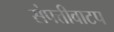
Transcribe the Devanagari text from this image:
संपत्तीवाटप